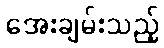
အေးချမ်းသည့်